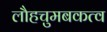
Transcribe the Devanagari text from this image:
लौहचुमबकत्व